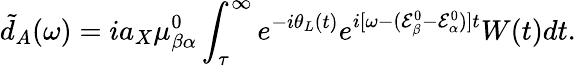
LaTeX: \tilde{d}_{A}(\omega)=ia_{X}\mu_{\beta\alpha}^{0}\int_{\tau}^{\infty}e^{-i\theta_{L}(t)}e^{i[\omega-(\mathcal{E}_{\beta}^{0}-\mathcal{E}_{\alpha}^{0})]t}W(t)dt.